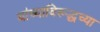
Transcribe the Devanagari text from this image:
यांच्याविरूद्धच्या